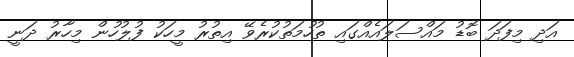
އަދި މިފަދަ ބޮޑު މައްސަލައެއްގައި ތުހުމަތުކުރެވޭ އިތުރު މީހަކު ފުލުހުން މިހާރު ދަނީ